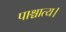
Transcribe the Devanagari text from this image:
पाश्चात्य।